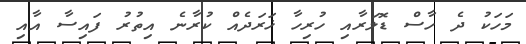
މަހަކު ދެ ހާސް ޑޮލަރާއި ހުރިހާ ޚަރަދެއް ކުރާނެ އިތުރު ފައިސާ އާއި